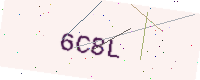
Text: 6C8L